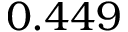
0 . 4 4 9